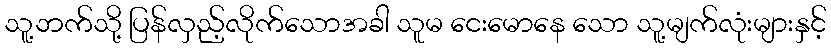
သူ့ဘက်သို့ ပြန်လှည့်လိုက်သောအခါ သူမ ငေးမောနေ သော သူ့မျက်လုံးများနှင့်